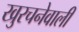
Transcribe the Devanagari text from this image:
खुरचनेवाली